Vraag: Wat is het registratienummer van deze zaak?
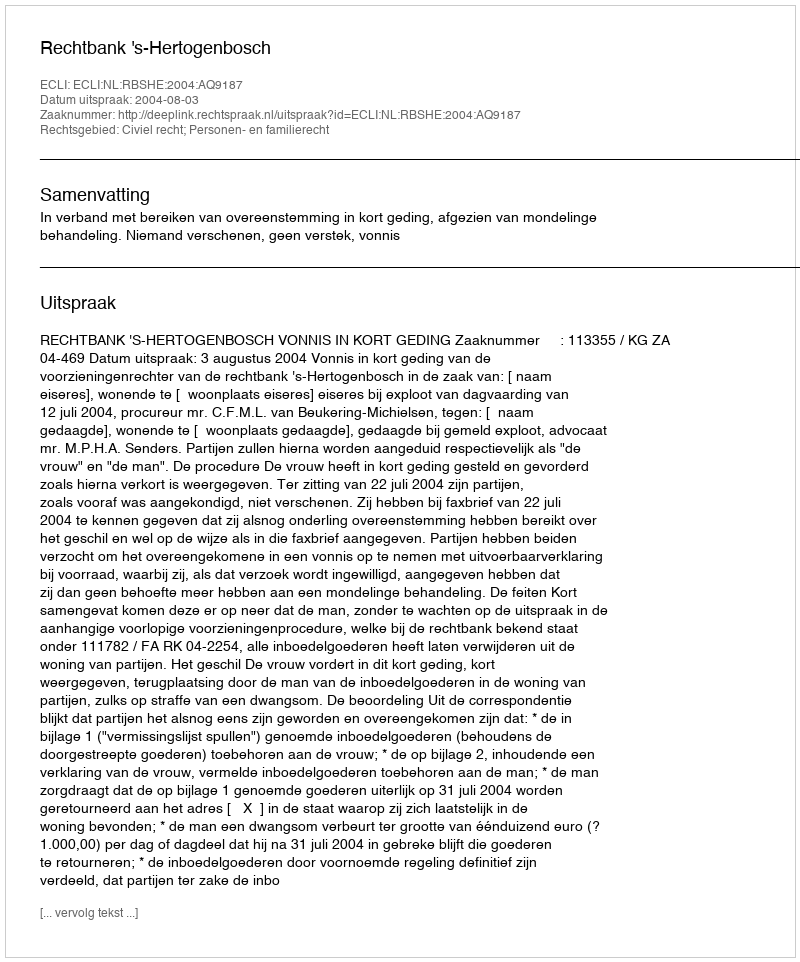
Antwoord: http://deeplink.rechtspraak.nl/uitspraak?id=ECLI:NL:RBSHE:2004:AQ9187